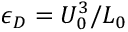
\epsilon _ { D } = U _ { 0 } ^ { 3 } / L _ { 0 }